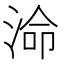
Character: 𭰷